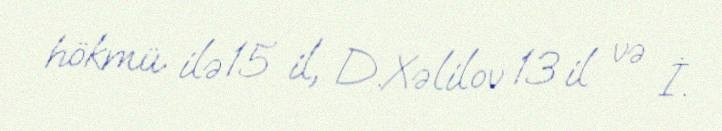
hökmü ilə 15 il, D.Xəlilov 13 il və İ.